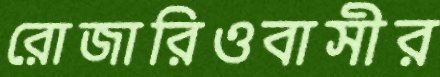
রোজারিওবাসীর